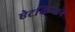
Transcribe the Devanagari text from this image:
ऐटकिंन्सन